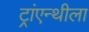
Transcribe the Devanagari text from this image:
ट्रांएन्थीला